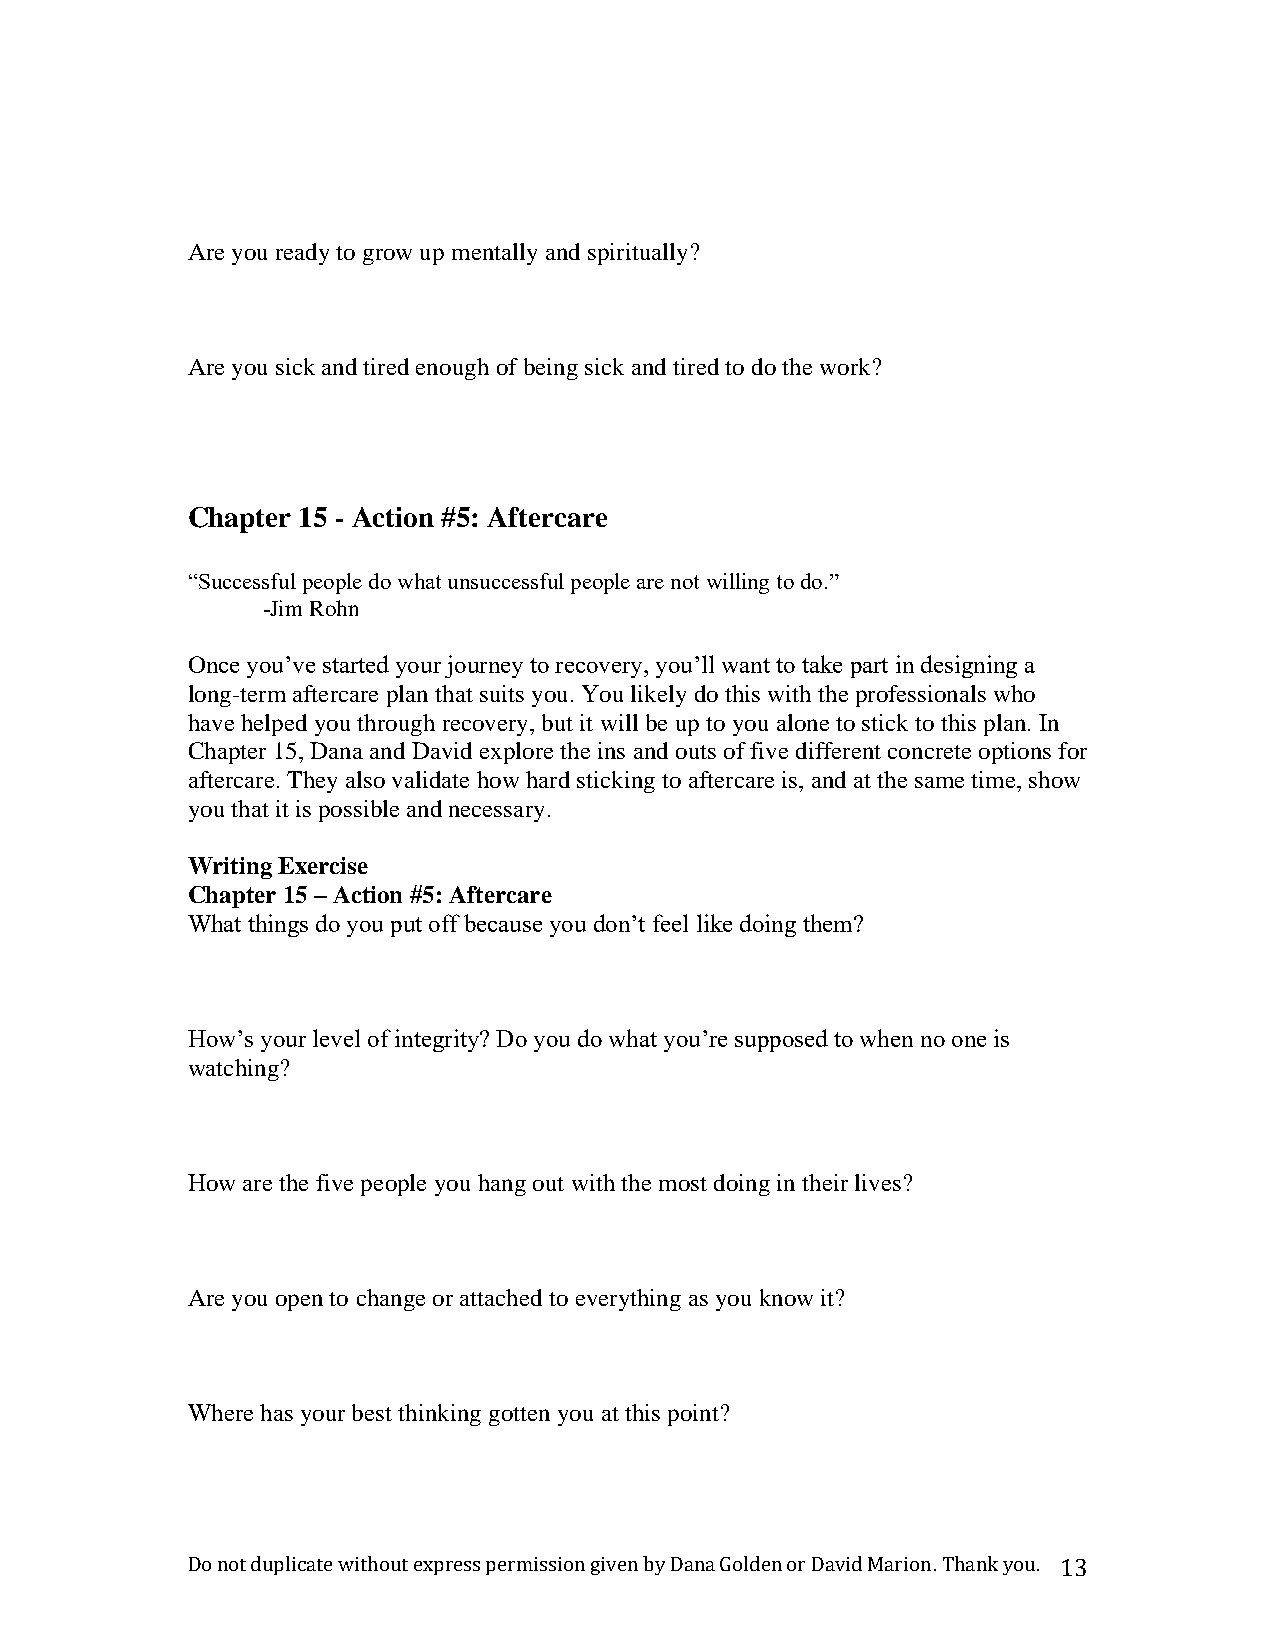
Are you ready to grow up mentally and spiritually?
 Are you sick and tired enough of being sick and tired to do the work?
 Chapter 15 - Action #5: Aftercare
 “Successful people do what unsuccessful people are not willing to do.”
 -Jim Rohn
 Once you’ve started your journey to recovery, you’ll want to take part in designing a
 long-term aftercare plan that suits you. You likely do this with the professionals who
 have helped you through recovery, but it will be up to you alone to stick to this plan. In
 Chapter 15, Dana and David explore the ins and outs of five different concrete options for
 aftercare. They also validate how hard sticking to aftercare is, and at the same time, show
 you that it is possible and necessary.
 Writing Exercise
 Chapter 15 – Action #5: Aftercare
 What things do you put off because you don’t feel like doing them?
 How’s your level of integrity? Do you do what you’re supposed to when no one is
 watching?
 How are the five people you hang out with the most doing in their lives?
 Are you open to change or attached to everything as you know it?
 Where has your best thinking gotten you at this point?
 Do not duplicate without express permission given by Dana Golden or David Marion. Thank you. 13